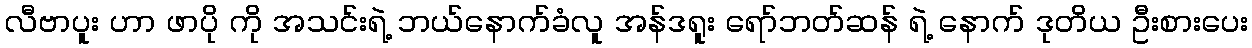
လီဗာပူး ဟာ ဖာပို ကို အသင်းရဲ့ ဘယ်နောက်ခံလူ အန်ဒရူး ရော်ဘတ်ဆန် ရဲ့ နောက် ဒုတိယ ဦးစားပေး